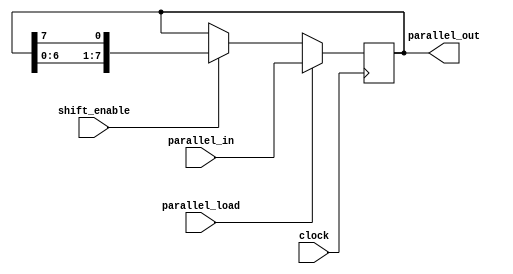
module pipo_shift_register (
    input [7:0] parallel_in,
    input parallel_load,
    input shift_enable,
    input clock,
    output reg [7:0] parallel_out
);

reg [7:0] internal_reg;

always @(posedge clock) begin
    if (parallel_load) begin
        internal_reg <= parallel_in;
    end else if (shift_enable) begin
        internal_reg <= {internal_reg[6:0], internal_reg[7]};
    end
end

assign parallel_out = internal_reg;

endmodule